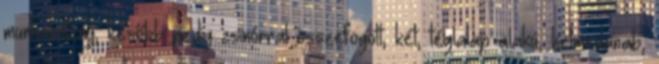
munkakötény, később pedig zsinórral összefogott, két, téglalap alakú, kelmedarab,